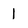
Character: 1